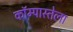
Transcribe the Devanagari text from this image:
कॉम्पास्तेला